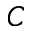
\boldsymbol { C }